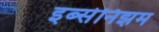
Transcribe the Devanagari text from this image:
इब्सेनिझम